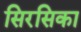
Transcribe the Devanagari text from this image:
सिरसिका